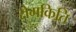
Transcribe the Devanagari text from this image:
रोमकिति